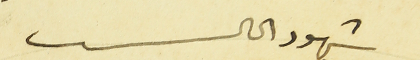
شهود الحال